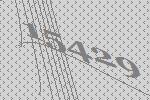
15429